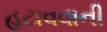
હટાવવાની